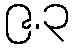
၉.၃